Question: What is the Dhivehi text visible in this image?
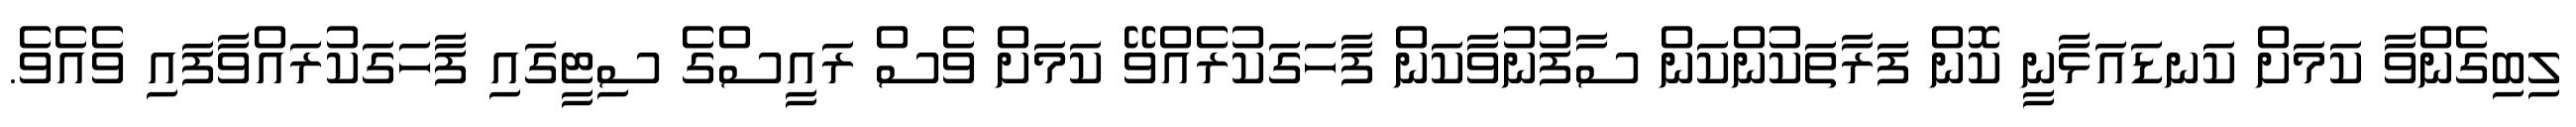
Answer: ލިބިގެންވާ ކަމަށް ކަނޑައަޅާނީ ކޮން ފަރާތަކުންކަން ސާފުނުވާކަން ފާހަގަކުރެއްވޭ ކަމަށް ވެސް ރައީސްގެ ސިޓީގައި ފާހަގަކުރައްވާފައި ވެއެވެ.